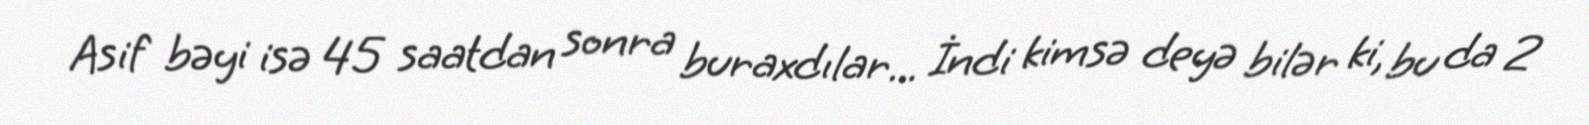
Asif bəyi isə 45 saatdan sonra buraxdılar... İndi kimsə deyə bilər ki, bu da 2